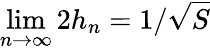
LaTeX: \operatorname*{lim}_{n\to\infty}2h_{n}=1/{\sqrt{S}}